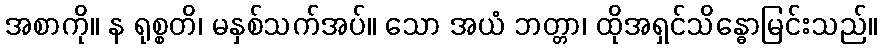
အစာကို။ န ရုစ္စတိ၊ မနှစ်သက်အပ်။ သော အယံ ဘတ္တာ၊ ထိုအရှင်သိန္ဓောမြင်းသည်။